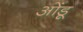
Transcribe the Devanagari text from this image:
ओंडू